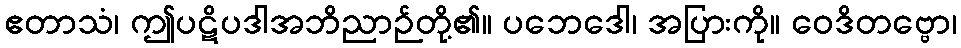
ဧတာသံ၊ ဤပဋိပဒါအဘိညာဉ်တို့၏။ ပဘေဒေါ၊ အပြားကို။ ဝေဒိတဗ္ဗော၊